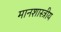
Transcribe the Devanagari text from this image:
मानशास्त्रीय